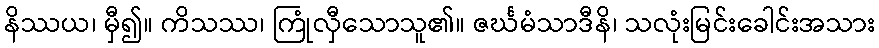
နိဿယ၊ မှီ၍။ ကိသဿ၊ ကြုံလှီသောသူ၏။ ဇင်္ဃမံသာဒီနိ၊ သလုံးမြင်းခေါင်းအသား